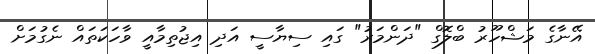
އޭނާގެ މަޝްހޫރު ބްލޮގް "ދަންމަރު" ގައި ސިޔާސީ އަދި އިޖުތިމާއީ ވާހަކަތައް ނެގުމަށް